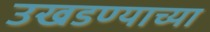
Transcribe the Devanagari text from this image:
उखडण्याच्या